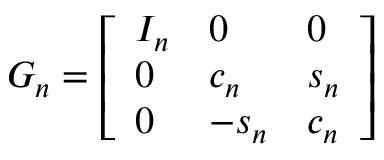
G _ { n } = { \left[ \begin{array} { l l l } { I _ { n } } & { 0 } & { 0 } \\ { 0 } & { c _ { n } } & { s _ { n } } \\ { 0 } & { - s _ { n } } & { c _ { n } } \end{array} \right] }